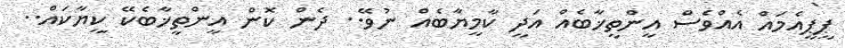
ޕީޕީއެމައް އެއްވެސް އީންތީޚާބެއް އަދީ ކާމީޔާބެއް ނުވޭ.. ދެން ކޮން އީންތީޚާބެކޭ ކީޔާކައް..